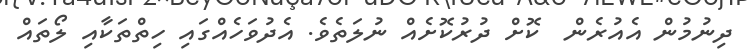
ދިނުމުން އެއުރެން  ކޮށް ދުރުކޮށެއް ނުލަތެވެ. އެދުވަހެއްގައި ހިތްތަކާއި ލޯތައް